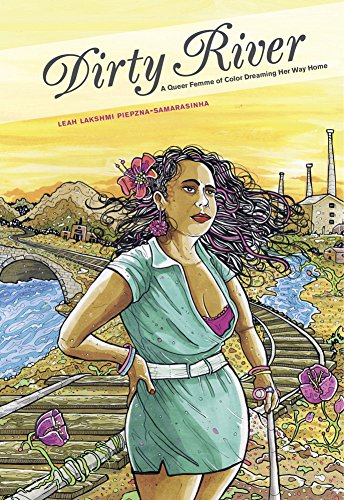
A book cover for Dirty River: A Queer Femme of Color Dreaming Her Way Home; Leah Lakshmi Piepzna-Samarasinha; Gay & Lesbian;